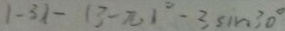
\vert - 3 \vert - ( 3 - \pi ) ^ { \circ } - 3 \sin 3 0 ^ { \circ }